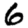
Digit: 6